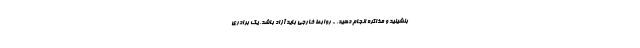
بنشینید و مذاکره انجام دهید. - روابط خارجی باید آزاد باشد. یک برادری